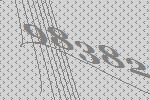
98382